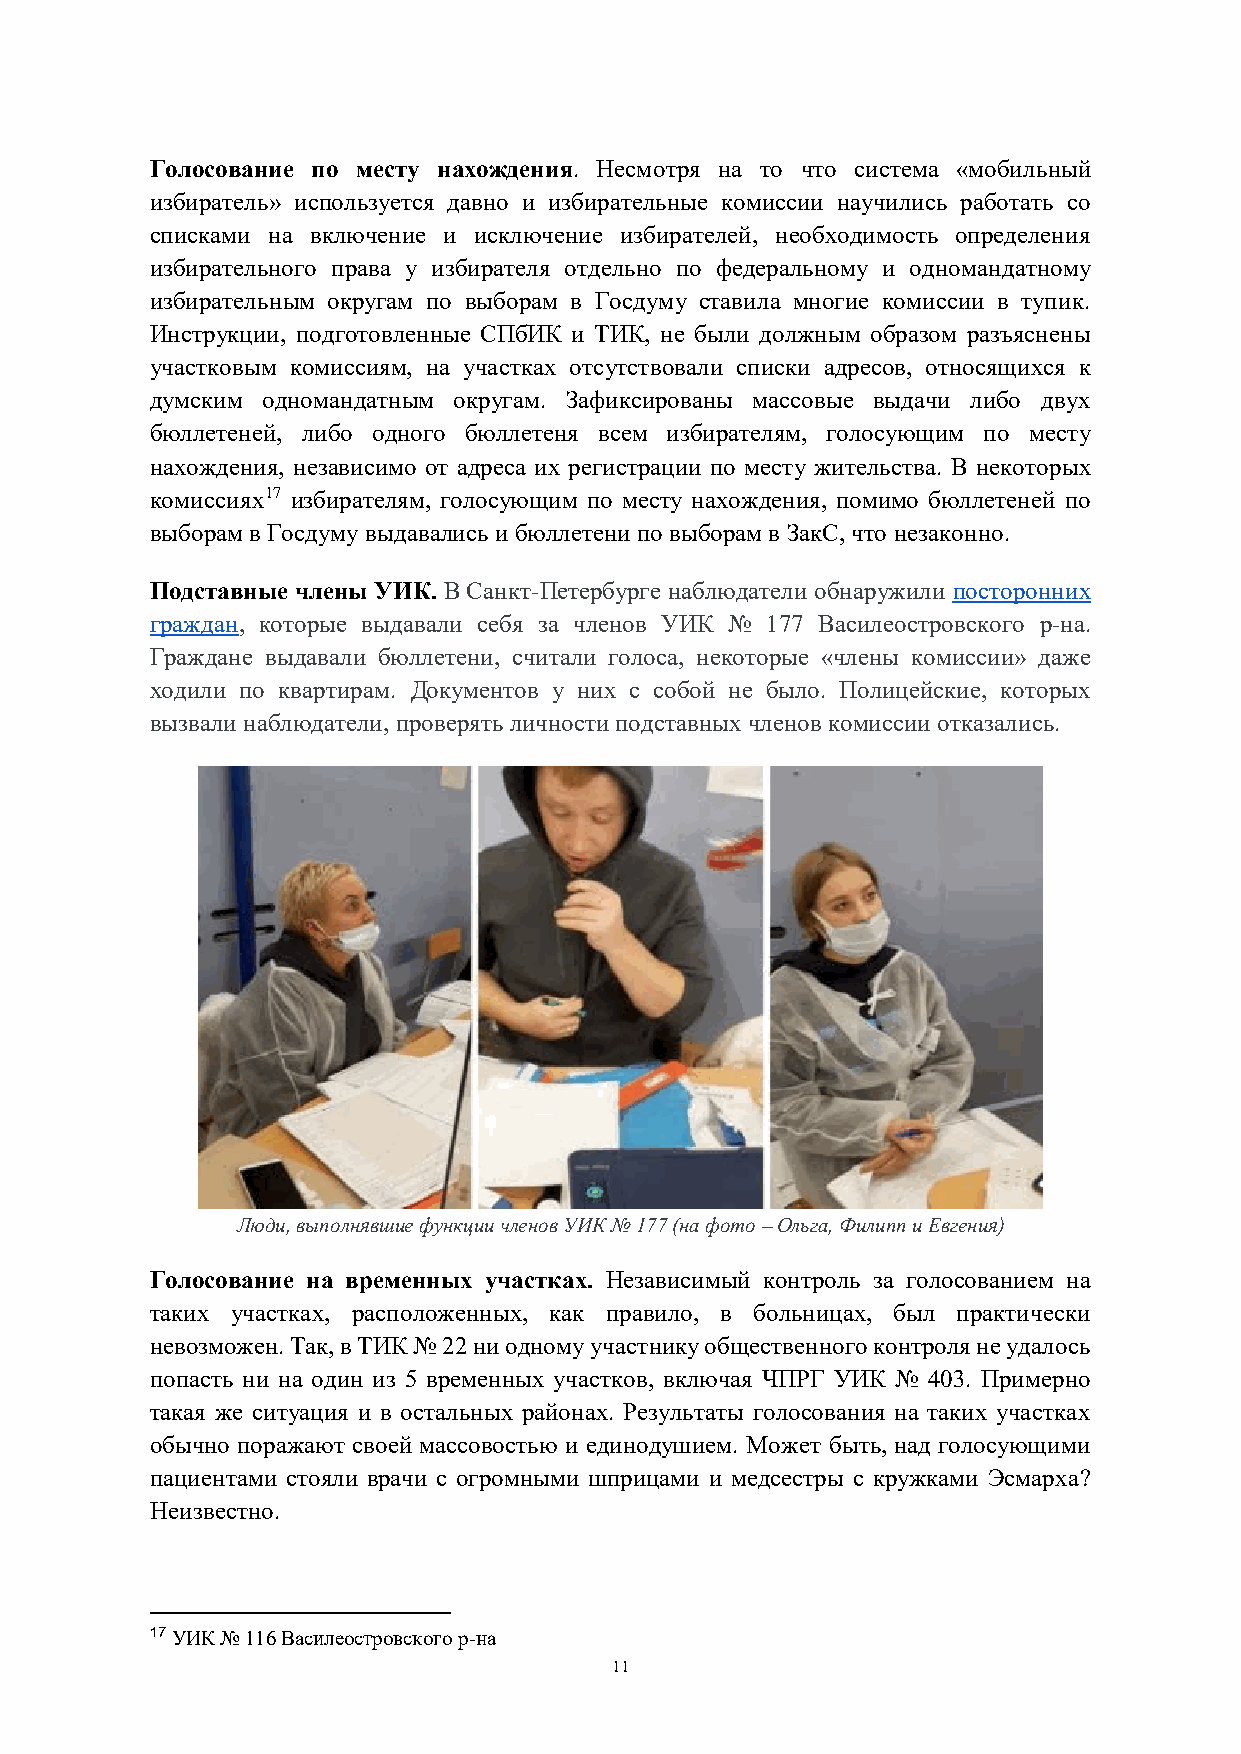
Голосование по месту нахождения. Несмотря на то что система «мобильный
 избиратель» используется давно и избирательные комиссии научились работать со
 списками на включение и исключение избирателей, необходимость определения
 избирательного права у избирателя отдельно по федеральному и одномандатному
 избирательным округам по выборам в Госдуму ставила многие комиссии в тупик.
 Инструкции, подготовленные СПбИК и ТИК, не были должным образом разъяснены
 участковым комиссиям, на участках отсутствовали списки адресов, относящихся к
 думским одномандатным округам. Зафиксированы массовые выдачи либо двух
 бюллетеней, либо одного бюллетеня всем избирателям, голосующим по месту
 нахождения, независимо от адреса их регистрации по месту жительства. В некоторых
 комиссиях17 избирателям, голосующим по месту нахождения, помимо бюллетеней по
 выборам в Госдуму выдавались и бюллетени по выборам в ЗакС, что незаконно.
 Подставные члены УИК. В Санкт-Петербурге наблюдатели обнаружили посторонних
 граждан, которые выдавали себя за членов УИК № 177 Василеостровского р-на.
 Граждане выдавали бюллетени, считали голоса, некоторые «члены комиссии» даже
 ходили по квартирам. Документов у них с собой не было. Полицейские, которых
 вызвали наблюдатели, проверять личности подставных членов комиссии отказались.
 Люди, выполнявшие функции членов УИК № 177 (на фото – Ольга, Филипп и Евгения)
 Голосование на временных участках. Независимый контроль за голосованием на
 таких участках, расположенных, как правило, в больницах, был практически
 невозможен. Так, в ТИК № 22 ни одному участнику общественного контроля не удалось
 попасть ни на один из 5 временных участков, включая ЧПРГ УИК № 403. Примерно
 такая же ситуация и в остальных районах. Результаты голосования на таких участках
 обычно поражают своей массовостью и единодушием. Может быть, над голосующими
 пациентами стояли врачи с огромными шприцами и медсестры с кружками Эсмарха?
 Неизвестно.
 17 УИК № 116 Василеостровского р-на
 11